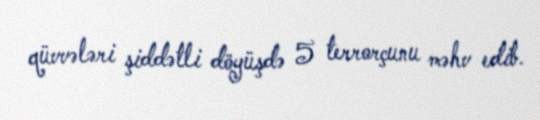
qüvvələri şiddətli döyüşdə 5 terrorçunu məhv edib.